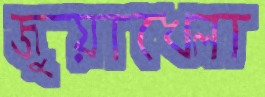
জুয়াখেলা